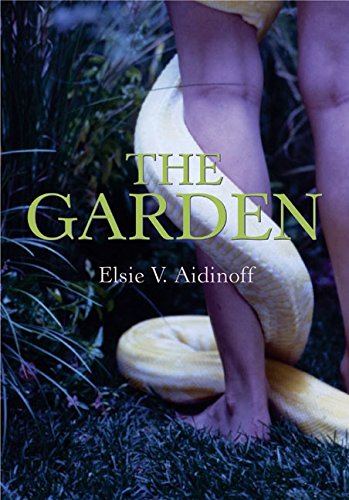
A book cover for The Garden; Elsie V. Aidinoff; Teen & Young Adult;